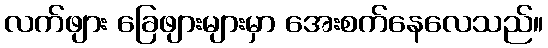
လက်ဖျား ခြေဖျားများမှာ အေးစက်နေလေသည်။